Indian journal of veterinary science and animal husbandry - Volume 2,
Year: 1932
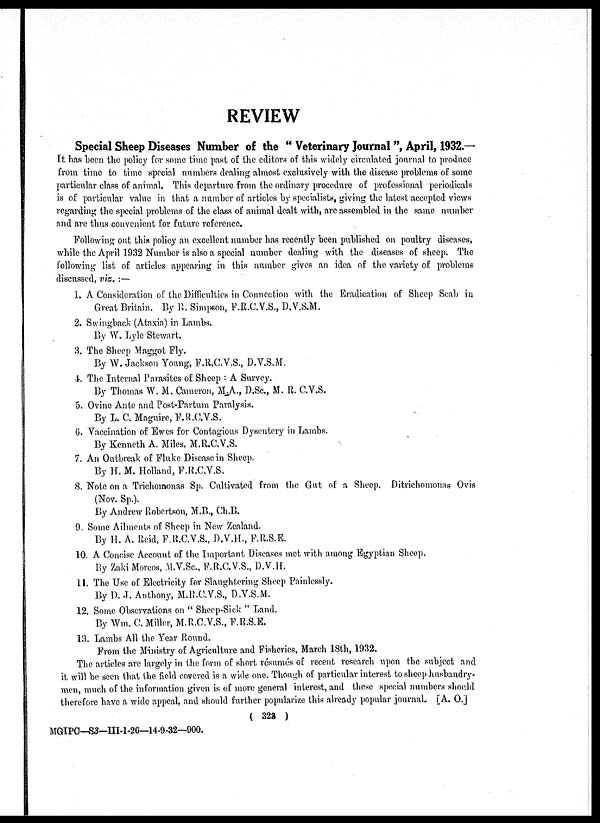
REVIEW
Special Sheep Diseases Number of the " Veterinary Journal ", April, 1932.—
It has been the policy for some time past of the editors of this widely circulated journal to produce
from time to time special numbers dealing almost exclusively with the disease problems of some
particular class of animal. This departure from the ordinary procedure of professional periodicals
is of particular value in that a number of articles by specialists, giving the latest accepted views
regarding the special problems of the class of animal dealt with, are assembled in the same number
and are thus convenient for future reference.
Following out this policy an excellent number has recently been published on poultry diseases,
while the April 1932 Number is also a special number dealing with the diseases of sheep. The
following list of articles appearing in this number gives an idea of the variety of problems
discussed, viz. :—
1. A Consideration of the Difficulties in Connection with the Eradication of Sheep Scab in
Great Britain. By R. Simpson, F.R.C.V.S., D.V.S.M.
2. Swingback (Ataxia) in Lambs.
By W. Lyle Stewart.
3. The Sheep Maggot Fly.
By W. Jackson Young, F.R.C.V.S., D.V.S.M.
4. The Internal Parasites of Sheep : A Survey.
By Thomas W. M. Cameron, M.A., D.Sc., M. R. C.V.S.
5. Ovine Ante and Post-Partum Paralysis.
By L. C. Maguire, F.R.C.V.S.
6. Vaccination of Ewes for Contagious Dysentery in Lambs.
By Kenneth A. Miles, M.R.C.V.S.
7. An Outbreak of Fluke Disease in Sheep.
By H. M. Holland, F.R.C.V.S.
8. Note on a Trichomonas Sp. Cultivated from the Gut of a Sheep. Ditrichomonas Ovis
(Nov. Sp.).
By Andrew Robertson, M.B., Ch.B.
9. Some Ailments of Sheep in New Zealand.
By H. A. Reid, F.R.C.V.S., D.V.H., F.R.S.E.
10. A Concise Account of the Important Diseases met with among Egyptian Sheep,
By Zaki Morcos, M.V.Sc., F.R.C.V.S., D.V.H.
11. The Use of Electricity for Slaughtering Sheep Painlessly.
By D. J. Anthony, M.R.C.V.S., D.V.S.M.
12. Some Observations on " Sheep-Sick " Land.
By Wm. C. Miller, M.R.C.V.S., F.R.S.E.
13. Lambs All the Year Round.
From the Ministry of Agriculture and Fisheries, March 18th, 1932.
The articles are largely in the form of short résumés of recent research upon the subject and
it will be seen that the field covered is a wide one. Though of particular interest to sheep husbandry-
men, much of the information given is of more general interest, and these special numbers should
therefore have a wide appeal, and should further popularize this already popular journal. [A. O.]
( 323 )
MGIPC—S3—III-1-26—14-9-32—900.